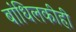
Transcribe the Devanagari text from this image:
बांधिलकीही